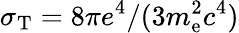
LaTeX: \sigma_{\mathrm{T}}=8\pi e^{4}/(3m_{\mathrm{e}}^{2}c^{4})